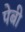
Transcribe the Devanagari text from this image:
पेबी